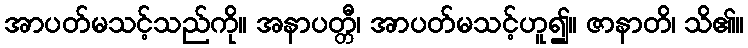
အာပတ်မသင့်သည်ကို။ အနာပတ္တီ၊ အာပတ်မသင့်ဟူ၍။ ဇာနာတိ၊ သိ၏။